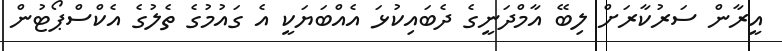
އީރާން ސަރުކާރަށް ލިބޭ އާމްދަނީގެ ދެބައިކުޅަ އެއްބަޔަކީ އެ ގައުމުގެ ތެލުގެ އެކްސްޕޯޓުން